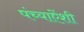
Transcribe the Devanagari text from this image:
पंच्याऐंशी